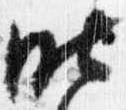
昨